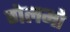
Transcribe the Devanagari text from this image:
गेलमो